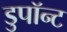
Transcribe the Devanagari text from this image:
डुपॉन्ट